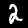
Digit: 2